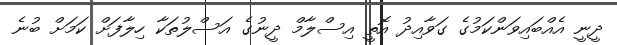
ދީނީ އެއްބައިވަންކަމުގެ ގަވާއިދު އޮތީ އިސްލާމް ދީނުގެ އަސްލުތަކާ ހިލާފަށް ކަމަށް ބުނެ